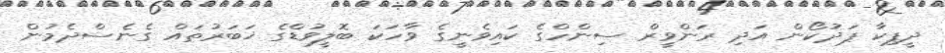
ދީޕިކާ ޕަދުކޯން އަދި ރަންވީރް ސިންހްގެ ކައިވެނީގެ ވާހަކަ ބޮލީވުޑްގެ ޚަބަރުތައް ގެނެސްދެމުން